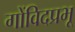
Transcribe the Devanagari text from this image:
गोंविदप्रभू